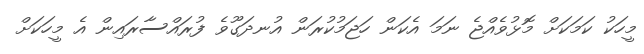
މީހަކު ކަމަކަށް މޮޅުވެއްޖެ ނަމަ އެކަން ހަޖަމުކުރަން އުނދަގޫވެ ފުރައްސާރައިން އެ މީހަކަށް